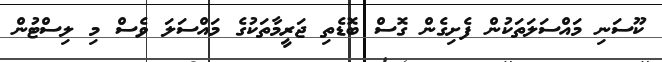
ކޫސަނި މައްސަލަތަކުން ފެށިގެން ގޮސް ބޮޑެތި ޖަރީމާތަކުގެ މައްސަލަ ވެސް މި ލިސްޓުން